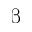
\upbeta